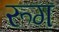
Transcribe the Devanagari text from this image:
रूग